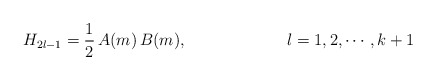
\begin{align*}H_{2l-1}=\frac{1}{2}\,A(m)\,B(m), \hspace{1in} l=1, 2, \cdots, k+1\end{align*}